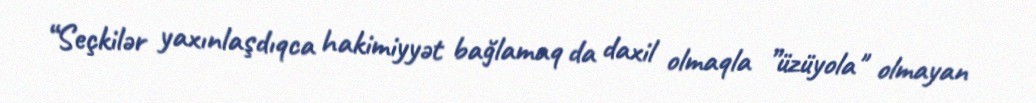
“Seçkilər yaxınlaşdıqca hakimiyyət bağlamaq da daxil olmaqla ”üzüyola" olmayan